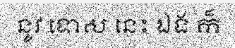
នូវ ទោស នេះ ឯង ក៏